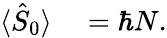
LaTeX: \begin{array}{rl}{\langle\hat{S}_{0}\rangle}&{{}=\hbar N.}\end{array}